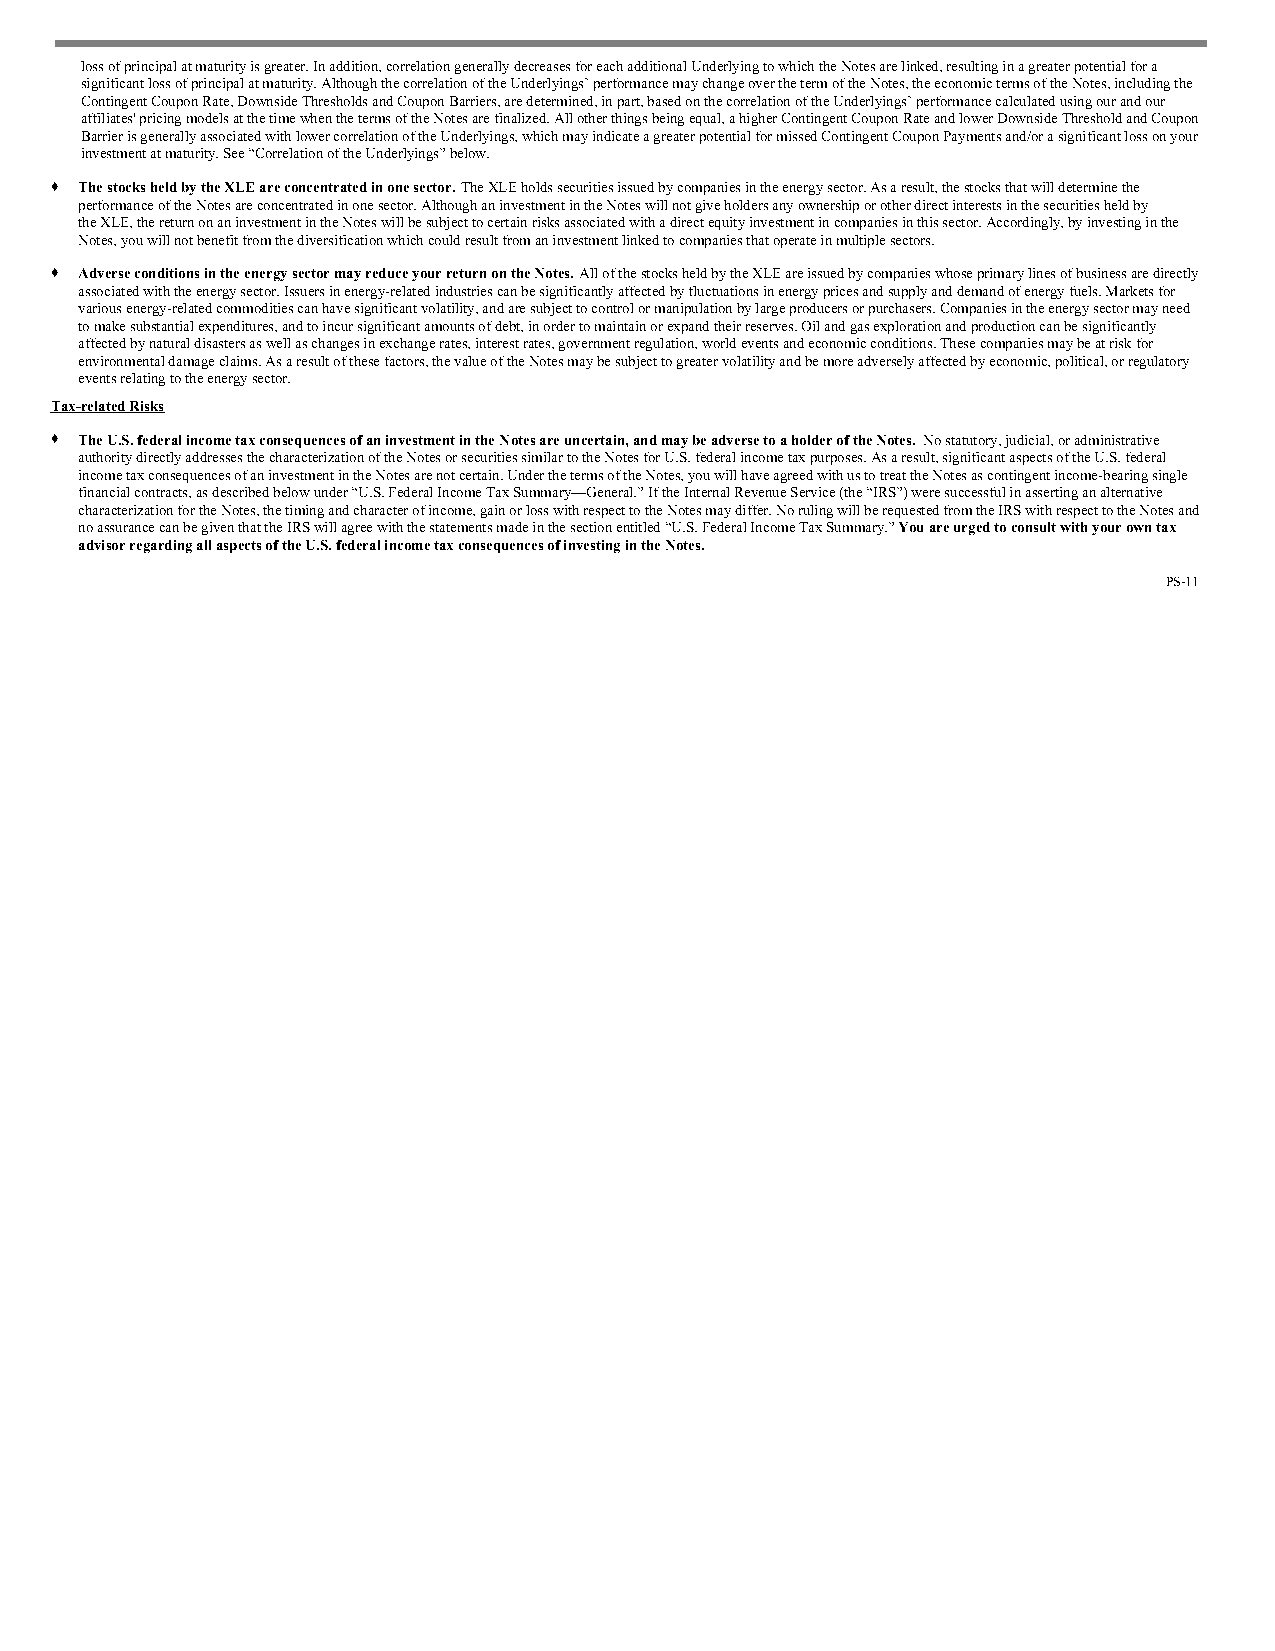
loss of principal at maturity is greater. In addition, correlation generally decreases for each additional Underlying to which the Notes are linked, resulting in a greater potential for a
 significant loss of principal at maturity. Although the correlation of the Underlyings’ performance may change over the term of the Notes, the economic terms of the Notes, including the
 Contingent Coupon Rate, Downside Thresholds and Coupon Barriers, are determined, in part, based on the correlation of the Underlyings’ performance calculated using our and our
 affiliates' pricing models at the time when the terms of the Notes are finalized. All other things being equal, a higher Contingent Coupon Rate and lower Downside Threshold and Coupon
 Barrier is generally associated with lower correlation of the Underlyings, which may indicate a greater potential for missed Contingent Coupon Payments and/or a significant loss on your
 investment at maturity. See “Correlation of the Underlyings” below.
 ♦ The stocks held by the XLE are concentrated in one sector. The XLE holds securities issued by companies in the energy sector. As a result, the stocks that will determine the
 performance of the Notes are concentrated in one sector. Although an investment in the Notes will not give holders any ownership or other direct interests in the securities held by
 the XLE, the return on an investment in the Notes will be subject to certain risks associated with a direct equity investment in companies in this sector. Accordingly, by investing in the
 Notes, you will not benefit from the diversification which could result from an investment linked to companies that operate in multiple sectors.
 ♦ Adverse conditions in the energy sector may reduce your return on the Notes. All of the stocks held by the XLE are issued by companies whose primary lines of business are directly
 associated with the energy sector. Issuers in energy-related industries can be significantly affected by fluctuations in energy prices and supply and demand of energy fuels. Markets for
 various energy-related commodities can have significant volatility, and are subject to control or manipulation by large producers or purchasers. Companies in the energy sector may need
 to make substantial expenditures, and to incur significant amounts of debt, in order to maintain or expand their reserves. Oil and gas exploration and production can be significantly
 affected by natural disasters as well as changes in exchange rates, interest rates, government regulation, world events and economic conditions. These companies may be at risk for
 environmental damage claims. As a result of these factors, the value of the Notes may be subject to greater volatility and be more adversely affected by economic, political, or regulatory
 events relating to the energy sector.
 Tax-related Risks
 ♦ The U.S. federal income tax consequences of an investment in the Notes are uncertain, and may be adverse to a holder of the Notes. No statutory, judicial, or administrative
 authority directly addresses the characterization of the Notes or securities similar to the Notes for U.S. federal income tax purposes. As a result, significant aspects of the U.S. federal
 income tax consequences of an investment in the Notes are not certain. Under the terms of the Notes, you will have agreed with us to treat the Notes as contingent income-bearing single
 financial contracts, as described below under “U.S. Federal Income Tax Summary—General.” If the Internal Revenue Service (the “IRS”) were successful in asserting an alternative
 characterization for the Notes, the timing and character of income, gain or loss with respect to the Notes may differ. No ruling will be requested from the IRS with respect to the Notes and
 no assurance can be given that the IRS will agree with the statements made in the section entitled “U.S. Federal Income Tax Summary.” You are urged to consult with your own tax
 advisor regarding all aspects of the U.S. federal income tax consequences of investing in the Notes.
 PS-11